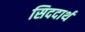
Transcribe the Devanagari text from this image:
सिददार्थ